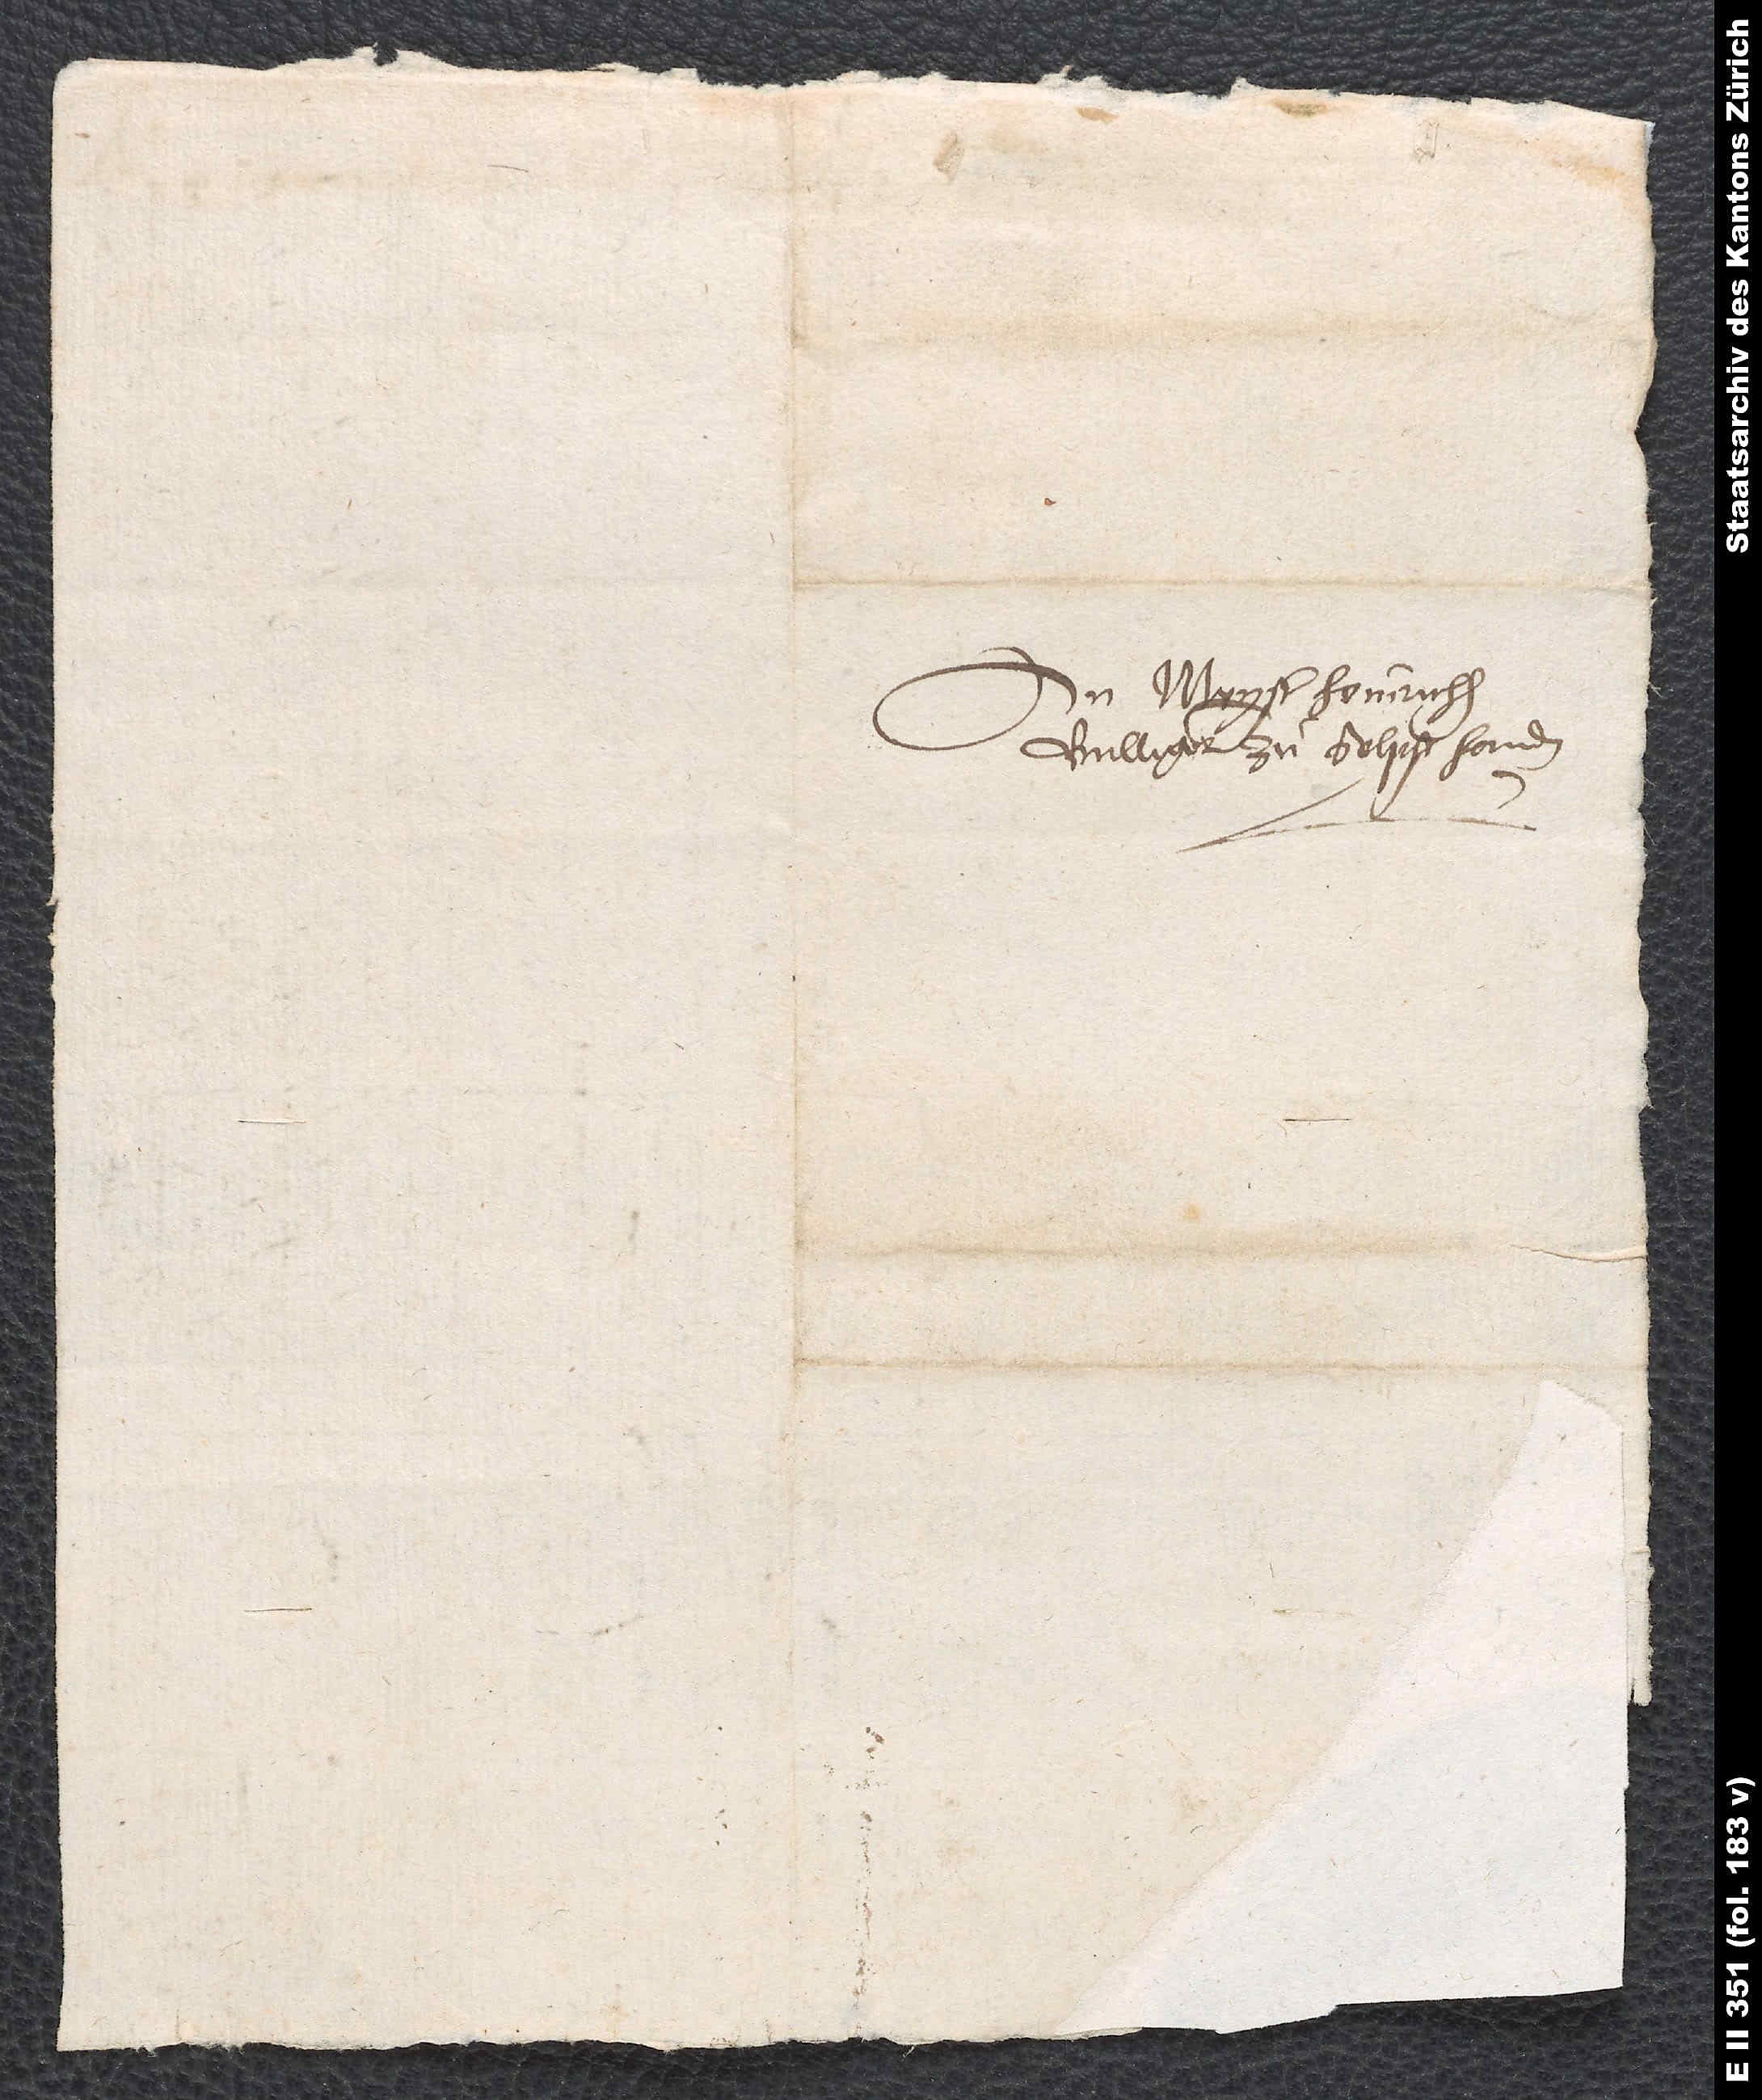
An meyster Heinrichen
Bullinger zuͦ selpst handen.